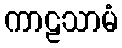
ကာဠသာမံ